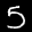
Label: 5